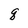
Character: q